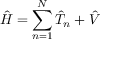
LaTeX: { \hat { H } } = \sum _ { n = 1 } ^ { N } { \hat { T } } _ { n } + { \hat { V } }